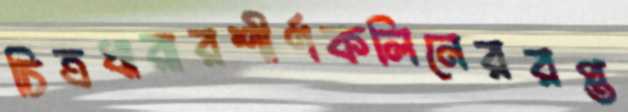
চিত্রধারারশীর্ণকলিনেররপ্ত